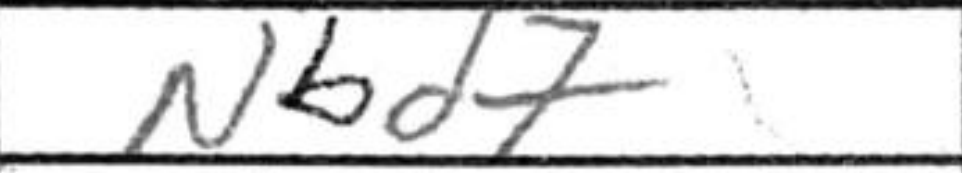
Transcription: Nbd7